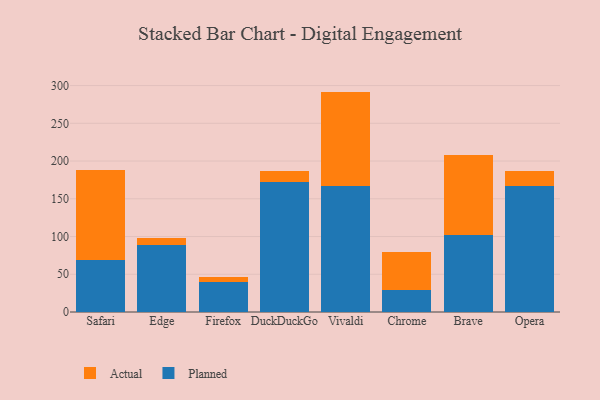
{"axis": {"x": "Browser", "y": "Latency (ms)"}, "legend": ["Actual", "Planned"], "data": [{"x": "Safari", "y": 69.2, "type": "Planned"}, {"x": "Safari", "y": 118.9, "type": "Actual"}, {"x": "Edge", "y": 88.2, "type": "Planned"}, {"x": "Edge", "y": 10.1, "type": "Actual"}, {"x": "Firefox", "y": 39.2, "type": "Planned"}, {"x": "Firefox", "y": 7.5, "type": "Actual"}, {"x": "DuckDuckGo", "y": 172.1, "type": "Planned"}, {"x": "DuckDuckGo", "y": 14.9, "type": "Actual"}, {"x": "Vivaldi", "y": 167.4, "type": "Planned"}, {"x": "Vivaldi", "y": 124.6, "type": "Actual"}, {"x": "Chrome", "y": 28.6, "type": "Planned"}, {"x": "Chrome", "y": 51.3, "type": "Actual"}, {"x": "Brave", "y": 101.6, "type": "Planned"}, {"x": "Brave", "y": 106.5, "type": "Actual"}, {"x": "Opera", "y": 167.1, "type": "Planned"}, {"x": "Opera", "y": 20.1, "type": "Actual"}]}